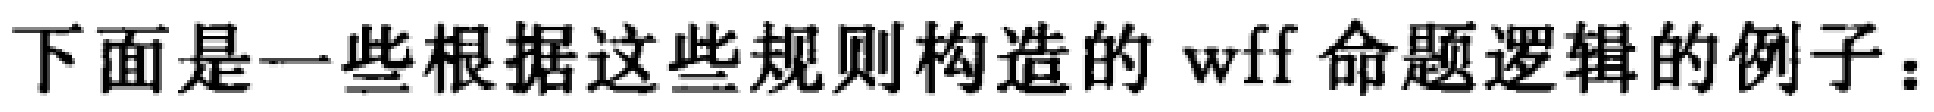
下面是一些根据这些规则构造的 wff 命题逻辑的例子：